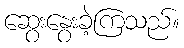
ဆွေးနွေးခဲ့ကြသည်။